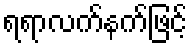
ရရာလက်နက်ဖြင့်